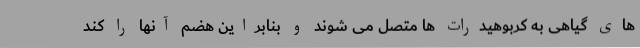
های گیاهی به کربوهیدرات ها متصل می شوند و بنابراین هضم آنها را کُند